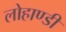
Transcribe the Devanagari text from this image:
लोहाण्डी